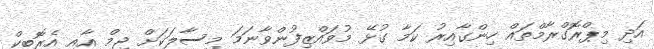
އަދި މިޕްރޮގްރާމްތައް ހިންގާއިރު ކަމާ ގުޅޭ މުވައްޒިފުންވާނަމަ މިސާލަކަށް ޖިމް އާއި އެރޮބިކް